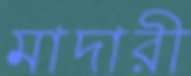
মাদারী